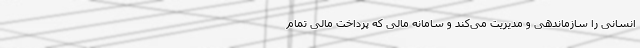
انسانی را سازماندهی و مدیریت می‌کند و سامانه مالی که پرداخت مالی تمام